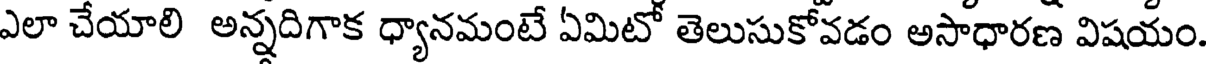
ఎలా చేయాలి అన్నదిగాక ధ్యానమంటే ఏమిటో తెలుసుకోవడం అసాధారణ విషయం.